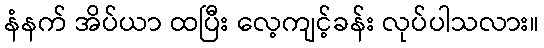
နံနက် အိပ်ယာ ထပြီး လေ့ကျင့်ခန်း လုပ်ပါသလား။